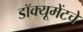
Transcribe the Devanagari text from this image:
डॉक्यूमेंटचे